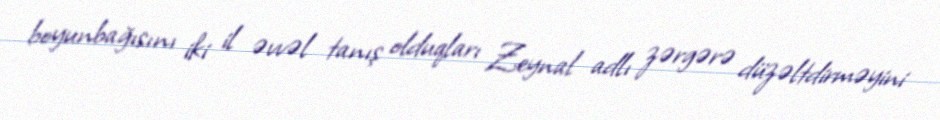
boyunbağısını iki il əvvəl tanış olduqları Zeynal adlı zərgərə düzəltdirməyini